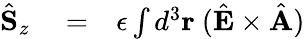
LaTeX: \begin{array}{rlr}{\hat{\mathbf S}_{z}}&{{}=}&{\epsilon\int d^{3}{\mathbf r}\ (\hat{\mathbf E}\times\hat{\mathbf A})}\end{array}